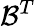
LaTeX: {\mathcal{B}}^{T}